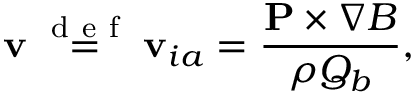
{ \bf v } \stackrel { \mathrm { ~ d ~ e ~ f ~ } } { = } { \bf v } _ { i a } = \frac { { \bf P } \times \nabla B } { \rho Q _ { b } } ,